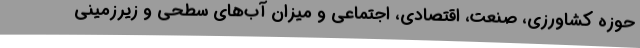
حوزه کشاورزی، صنعت، اقتصادی، اجتماعی و میزان آب‌های سطحی و زیرزمینی